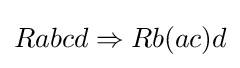
Rabcd\Rightarrow Rb(ac)d